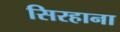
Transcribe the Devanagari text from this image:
सिरहाना